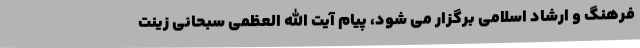
فرهنگ و ارشاد اسلامی برگزار می شود، پیام آیت الله العظمی سبحانی زینت